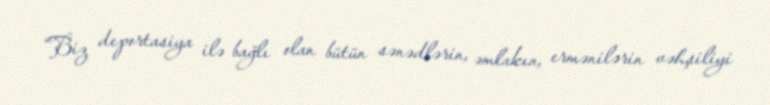
“Biz deportasiya ilə bağlı olan bütün sənədlərin, əmlakın, ermənilərin vəhşiliyi